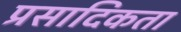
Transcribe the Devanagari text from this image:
प्रसादिकता